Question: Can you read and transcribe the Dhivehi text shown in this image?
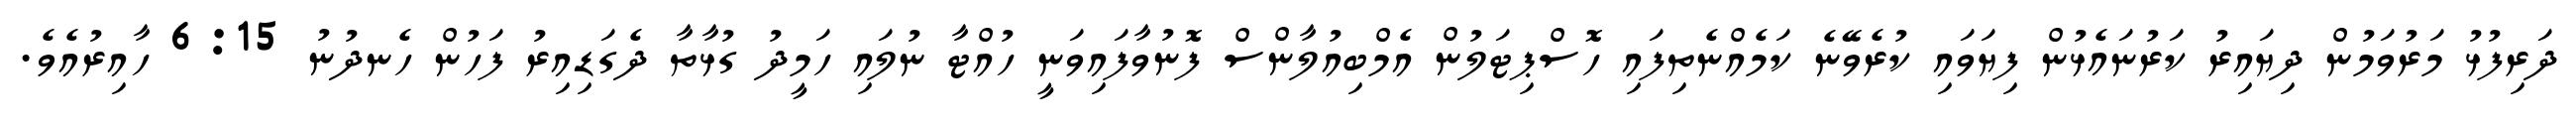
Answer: ދަރިފުޅު މަރުވަމުން ދިޔައިރު ކަރުނައެޅުން ފިޔަވައި ކުރެވޭނެ ކަމެއްނެތިފައި ހޮސްޕިޓަލުން އެމްބިއުލާންސް ފޮނުވާފައިވަނީ ހުއްޓާ ނުލައި ހަމީދު ގުޅާތާ ދެގަޑިއިރު ފަހުން ހެނދުނު 6:15 ހާއިރުއެވެ.